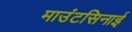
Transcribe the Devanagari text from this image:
माउंटसिनाई